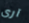
آرى